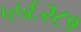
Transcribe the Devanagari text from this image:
५५६२८१